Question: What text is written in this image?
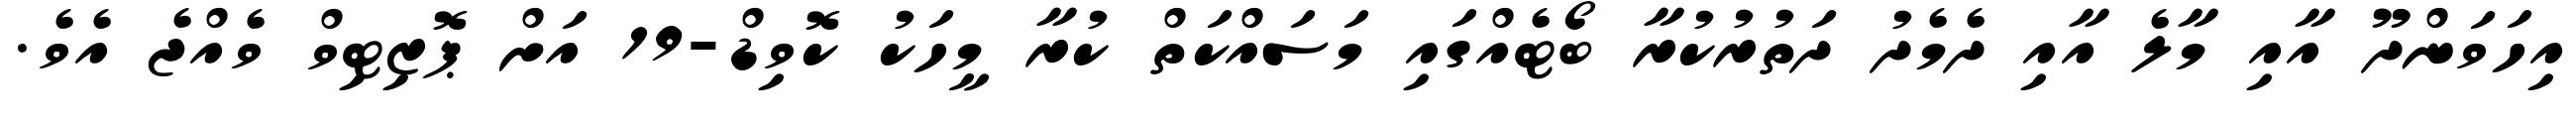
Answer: އިހަވަންދޫ އާއި މާލެ އާއި ދެމެދު ދަތުރުކުރާ ބޯޓެއްގައި މަސައްކަތް ކުރާ މީހަކު ކޮވިޑް-19 އަށް ޕޮޒިޓިވް ވެއްޖެ އެވެ.